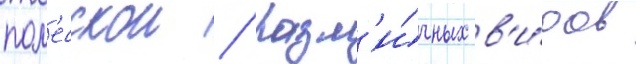
пол'есскои / разл'и́чных в'и́дов